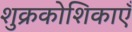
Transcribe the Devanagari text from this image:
शुक्रकोशिकाएँ